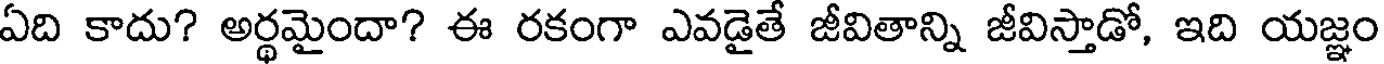
ఏది కాదు? అర్థమైందా? ఈ రకంగా ఎవడైతే జీవితాన్ని జీవిస్తాడో, ఇది యజ్ఞం